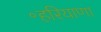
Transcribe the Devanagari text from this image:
॰हरियाणा